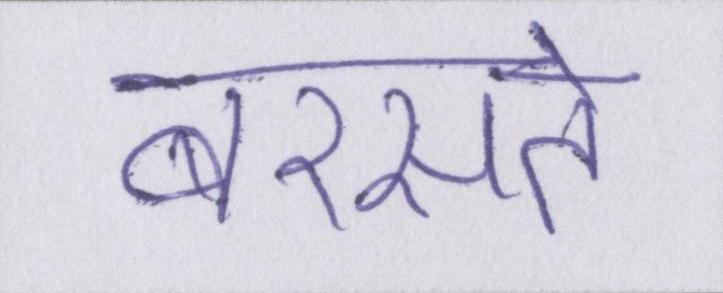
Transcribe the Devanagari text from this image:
बरसते